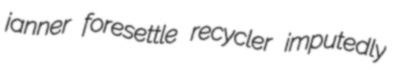
janner foresettle recycler imputedly